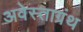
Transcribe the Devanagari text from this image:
अवेस्ताग्रंथ